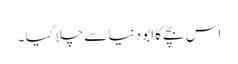
اس بچے کا ابو دنیا سے چلا گیا ۔